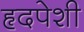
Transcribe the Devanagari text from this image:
हृदपेशी